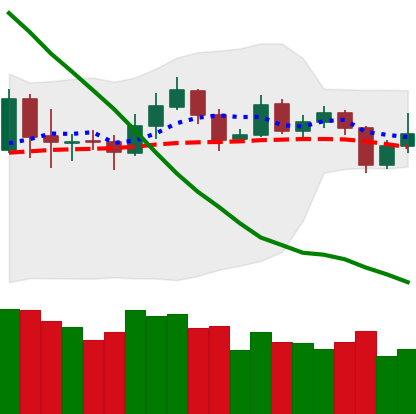
Ticker: ETH-USD
Chart end date: 2019-11-17
Forward return: -18.826%
Label: down_7plus